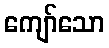
ကျော်သော